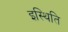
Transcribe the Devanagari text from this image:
इस्थिति